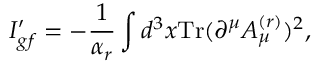
I _ { g f } ^ { \prime } = - \frac { 1 } { \alpha _ { r } } \int d ^ { 3 } x \mathrm { T r } ( \partial ^ { \mu } A _ { \mu } ^ { ( r ) } ) ^ { 2 } ,